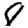
Digit: 8